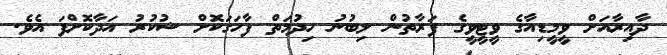
ދާއިރާއަށް ވީމީޑިއާގެ ވީޓީވީގެ ފަރާތުން ލިބުނު ހިދުމަތް ފާހަގަކޮށް ޝުކުރު އަދާކޮށްފަ އެވެ.